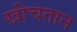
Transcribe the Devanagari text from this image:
खीचतान